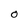
Character: 0